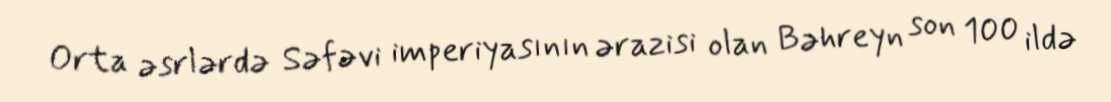
Orta əsrlərdə Səfəvi imperiyasının ərazisi olan Bəhreyn son 100 ildə